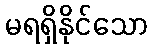
မရရှိနိုင်သော